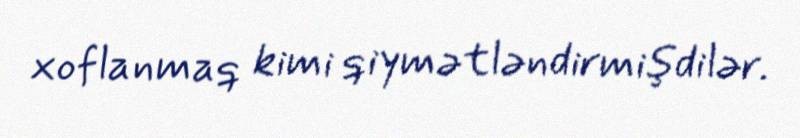
xoflanmaq kimi qiymətləndirmişdilər.